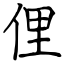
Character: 俚